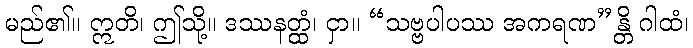
မည်၏။ ဣတိ၊ ဤသို့။ ဒဿနတ္ထံ၊ ငှာ။ “သဗ္ဗပါပဿ အကရဏ”န္တိ ဂါထံ၊